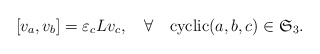
\begin{align*} [v_a,v_b] = \varepsilon_c Lv_c,\quad\forall\quad\mbox{cyclic}(a,b,c)\in \mathfrak{S}_3.\end{align*}